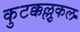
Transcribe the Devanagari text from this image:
कुटक्कल्लुकल